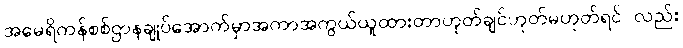
အမေရိကန်စစ်ဌာနချုပ်အောက်မှာအကာအကွယ်ယူထားတာဟုတ်ချင်ဟုတ်မဟုတ်ရင် လည်း